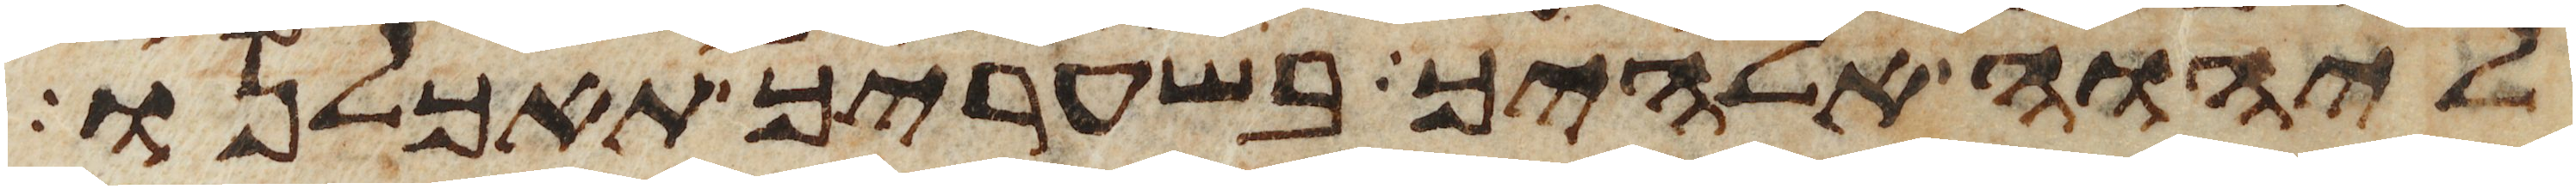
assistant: ליהוה אלהיך בשעריך תאכלנו